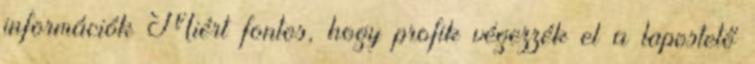
információk Miért fontos, hogy profik végezzék el a lapostető